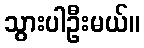
သွားပါဦးမယ်။